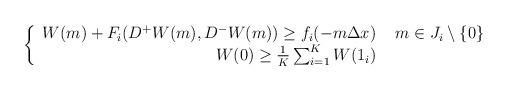
LaTeX: \begin{align*} \left\{ \begin{array}{r l}W(m) + F_{i}(D^{+}W(m),D^{-}W(m)) \geq f_{i}(-m \Delta x) & \, \, m \in J_{i} \setminus \{0\} \\W(0) \geq \frac{1}{K} \sum_{i = 1}^{K} W(1_{i})\end{array} \right.\end{align*}